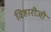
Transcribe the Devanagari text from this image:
विहारीजी